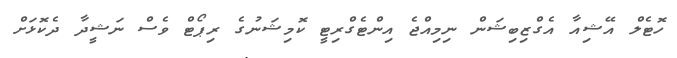
ހޮޓެލް އޭޝިއާ އެގްޒިބިޝަން ނިމިއްޖެ އިންޓެގްރިޓީ ކޮމިޝަނުގެ ރިޕޯޓް ވެސް ނަޝީދާ ދެކޮޅަށް